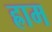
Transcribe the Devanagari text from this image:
ह्राम